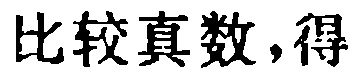
比较真数,得